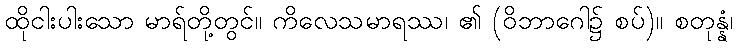
ထိုငါးပါးသော မာရ်တို့တွင်။ ကိလေသမာရဿ၊ ၏ (ဝိဘာဂေါ၌ စပ်)။ စတုန္နံ၊